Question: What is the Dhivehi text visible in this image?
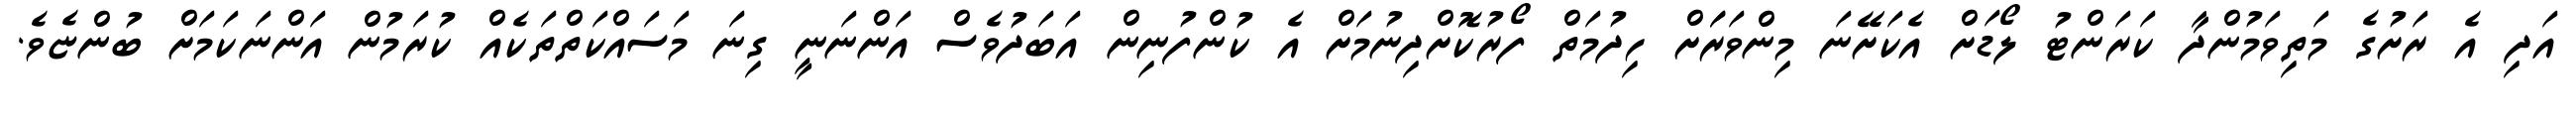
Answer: އަދި އެ ރަށުގެ މަތިވަމުންދާ ކަރަންޓު ލޯޑަށް އެކަށޭނަ މިންވަރަަށް ހިދުމަތް ފޯރުކޮށްދިނުމަށް އެ ކުންފުނިން އަބަދުވެސް އަންނަނީ ގިނަ މަސައްކަތްތަކެއް ކުރަމުން އަންނަކަމަށް ބުންޏެވެ.